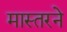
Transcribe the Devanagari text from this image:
मास्तरने